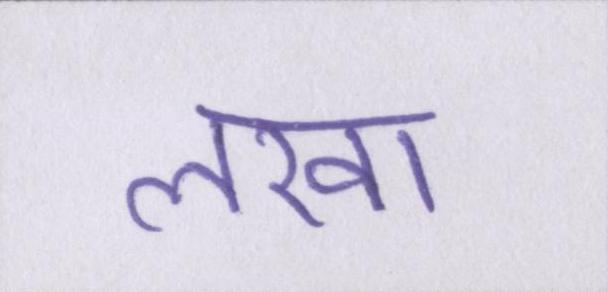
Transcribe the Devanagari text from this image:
लखा